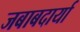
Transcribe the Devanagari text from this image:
जबाबदार्या